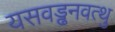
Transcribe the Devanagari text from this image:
यसवड्ढनवत्थु